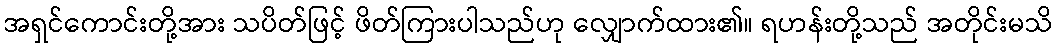
အရှင်ကောင်းတို့အား သပိတ်ဖြင့် ဖိတ်ကြားပါသည်ဟု လျှောက်ထား၏။ ရဟန်းတို့သည် အတိုင်းမသိ